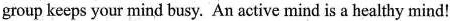
group keeps your mind busy. An active mind is a healthy mind!